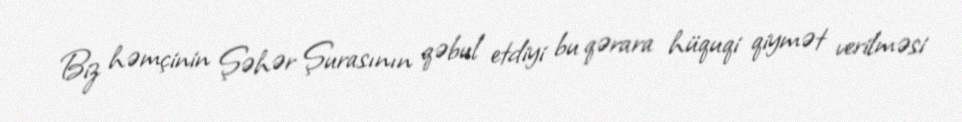
Biz həmçinin Şəhər Şurasının qəbul etdiyi bu qərara hüquqi qiymət verilməsi